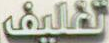
تغليف